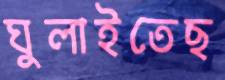
ঘুলাইতেছ